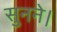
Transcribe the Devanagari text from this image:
सुनने।